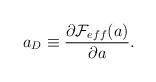
LaTeX: \begin{align*}a_{D} \equiv \frac {\partial {\cal F}_{eff}(a)}{\partial a}.\end{align*}